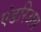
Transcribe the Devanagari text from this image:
एंडरिअस